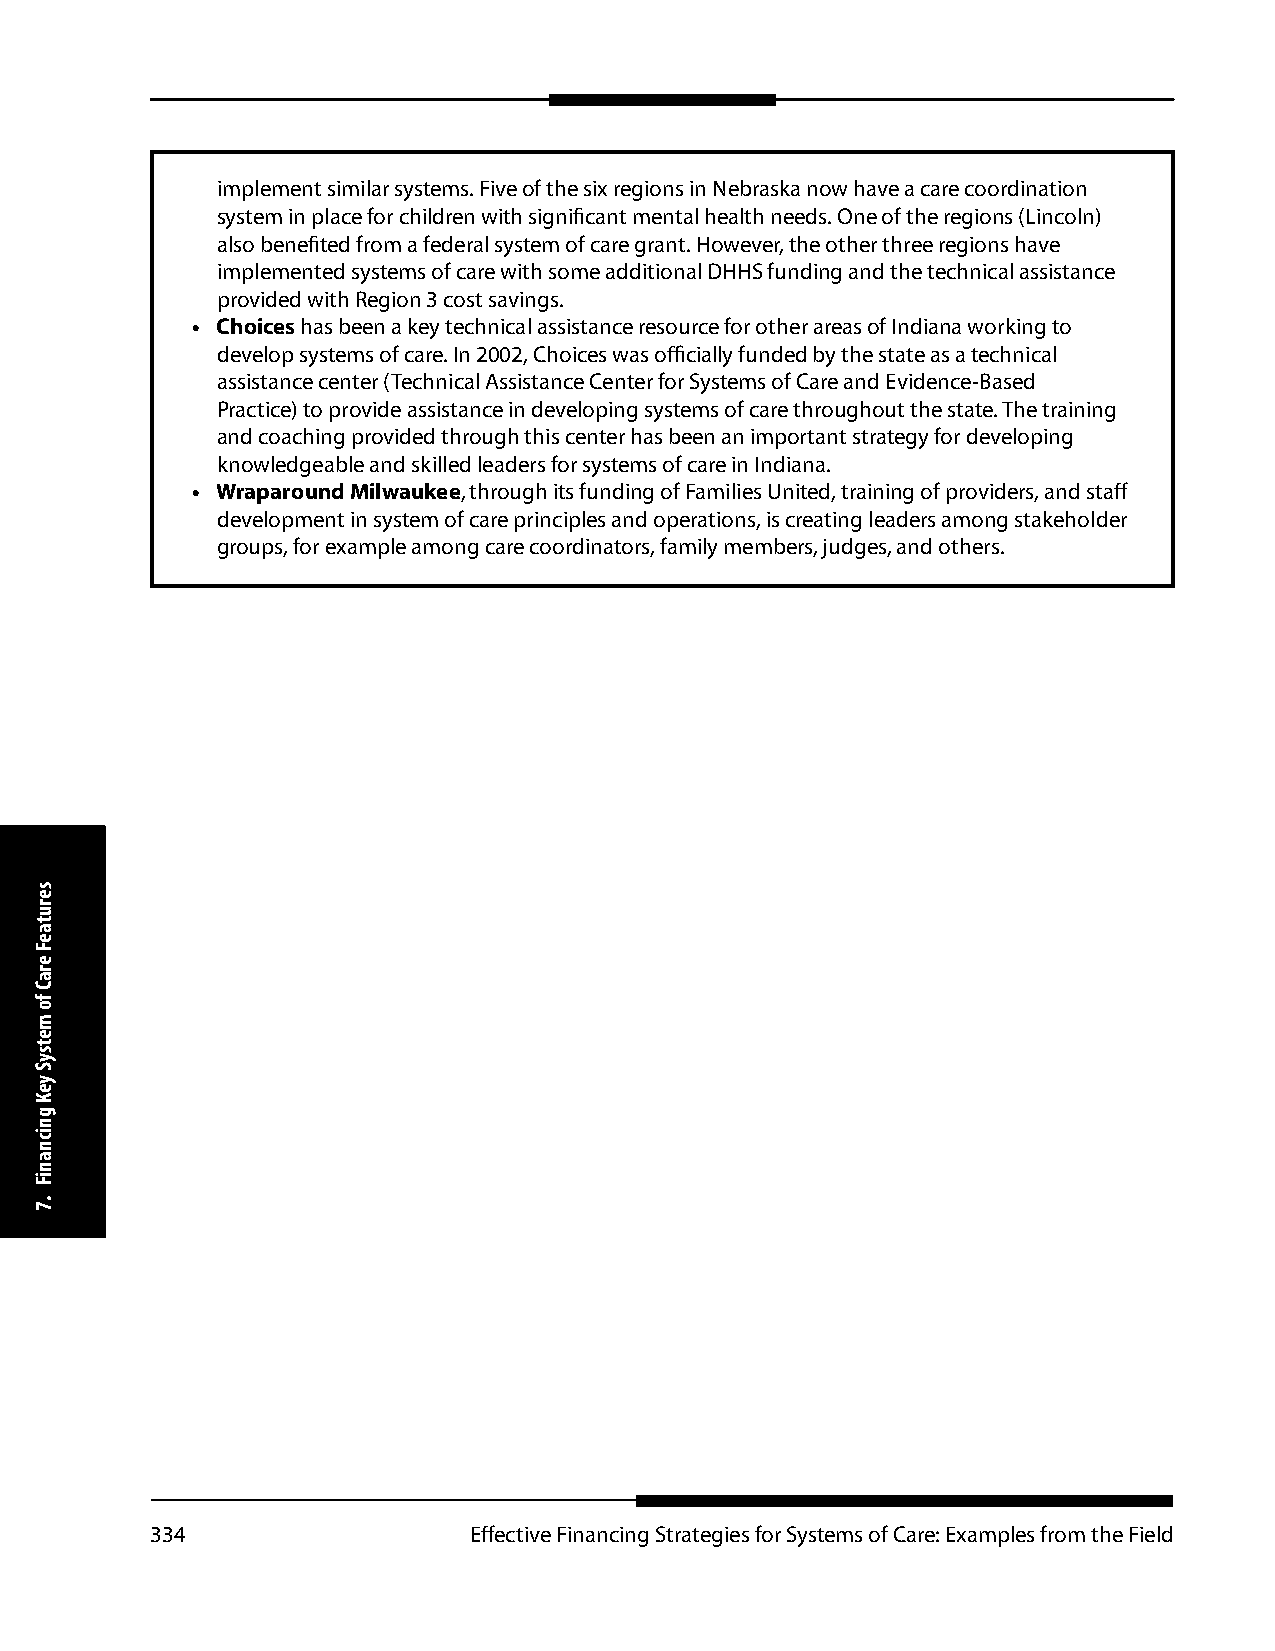
implement similar systems. Five of the six regions in Nebraska now have a care coordination
 system in place for children with significant mental health needs. One of the regions (Lincoln)
 also benefited from a federal system of care grant. However, the other three regions have
 implemented systems of care with some additional DHHS funding and the technical assistance
 provided with Region 3 cost savings.
 • Choices has been a key technical assistance resource for other areas of Indiana working to
 develop systems of care. In 2002, Choices was officially funded by the state as a technical
 assistance center (Technical Assistance Center for Systems of Care and Evidence-Based
 Practice) to provide assistance in developing systems of care throughout the state. The training
 and coaching provided through this center has been an important strategy for developing
 knowledgeable and skilled leaders for systems of care in Indiana.
 • Wraparound Milwaukee, through its funding of Families United, training of providers, and staff
 development in system of care principles and operations, is creating leaders among stakeholder
 groups, for example among care coordinators, family members, judges, and others.
 334                  Effective Financing Strategies for Systems of Care: Examples from the Field
 serutaeF
 eraC
 fo
 metsyS
 yeK
 gnicnaniF
 .7